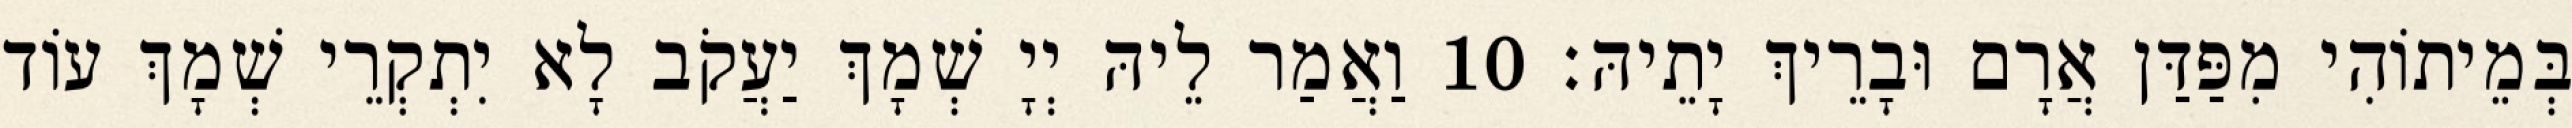
בְּמֵיתוֹהִי מִפַּדַּן אֲרָם וּבָרֵיךְ יָתֵיהּ׃ 10 וַאֲמַר לֵיהּ יְיָ שְׁמָךְ יַעֲקֹב לָא יִתְקְרֵי שְׁמָךְ עוֹד